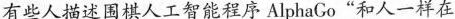
有些人描述围棋人工智能程序AlphaGo”和人一样在